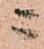
ニ